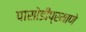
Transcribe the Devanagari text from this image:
पासोडीप्रमाणे